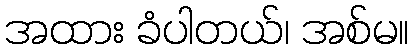
အထား ခံပါတယ်၊ အစ်မ။